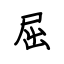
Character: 屈